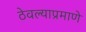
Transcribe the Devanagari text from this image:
ठेवल्याप्रमाणे